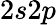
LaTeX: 2s2p